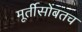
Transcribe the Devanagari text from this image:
मूर्तीसोबतच